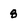
Character: 8